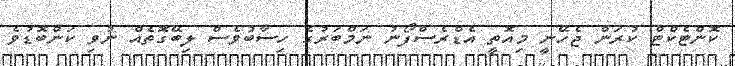
ކޮންޓެކްޓް ކުރަން ޖެހޭނީ މިއޮތީ އެޑްރެސްފޯނު ނަމްބަރުގެ ހިސާބުވެސް ލިބޭގޮތެއް ނުވި ކަންބޮޑުވެ